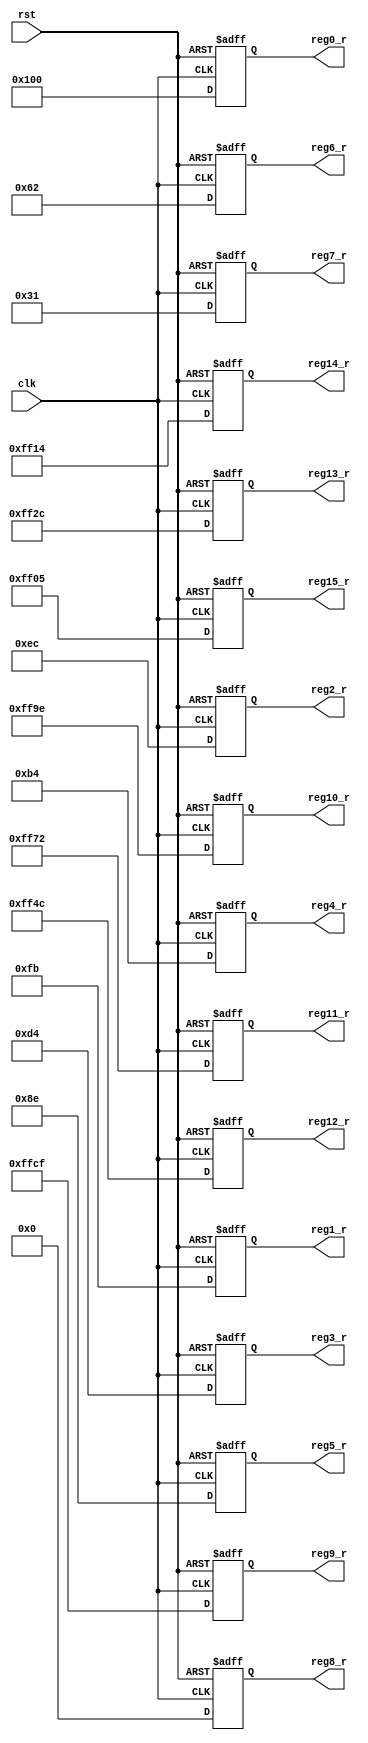
`timescale 1ns / 1ps

module twiddle_rom_real #
(
    parameter N = 16
)
(
    input               clk,
    input               rst,
    output reg [N-1:0]  reg0_r,
    output reg [N-1:0]  reg1_r,
    output reg [N-1:0]  reg2_r,
    output reg [N-1:0]  reg3_r,
    output reg [N-1:0]  reg4_r,
    output reg [N-1:0]  reg5_r,
    output reg [N-1:0]  reg6_r,
    output reg [N-1:0]  reg7_r,
    output reg [N-1:0]  reg8_r,
    output reg [N-1:0]  reg9_r,
    output reg [N-1:0]  reg10_r,
    output reg [N-1:0]  reg11_r,
    output reg [N-1:0]  reg12_r,
    output reg [N-1:0]  reg13_r,
    output reg [N-1:0]  reg14_r,
    output reg [N-1:0]  reg15_r
);

    always @ (posedge clk or posedge rst) begin
      if(rst) begin
        reg0_r  <= 0;
        reg1_r  <= 0;
        reg2_r  <= 0;
        reg3_r  <= 0;
        reg4_r  <= 0;
        reg5_r  <= 0;
        reg6_r  <= 0;
        reg7_r  <= 0;
        reg8_r  <= 0;
        reg9_r  <= 0;
        reg10_r <= 0;
        reg11_r <= 0;
        reg12_r <= 0;
        reg13_r <= 0;
        reg14_r <= 0;
        reg15_r <= 0;
      end
      else begin
        reg0_r  <= 16'b0000000100000000;
        reg1_r  <= 16'b0000000011111011;
        reg2_r  <= 16'b0000000011101100;
        reg3_r  <= 16'b0000000011010100;
        reg4_r  <= 16'b0000000010110100;
        reg5_r  <= 16'b0000000010001110;
        reg6_r  <= 16'b0000000001100010;
        reg7_r  <= 16'b0000000000110001;
        reg8_r  <= 16'b0000000000000000;
        reg9_r  <= 16'b1111111111001111;
        reg10_r <= 16'b1111111110011110;
        reg11_r <= 16'b1111111101110010;
        reg12_r <= 16'b1111111101001100;
        reg13_r <= 16'b1111111100101100;
        reg14_r <= 16'b1111111100010100;
        reg15_r <= 16'b1111111100000101;
      end
    end // always

endmodule